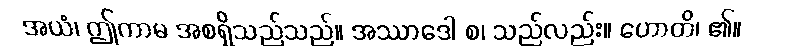
အယံ၊ ဤကာမ အစရှိသည်သည်။ အဿာဒေါ စ၊ သည်လည်း။ ဟောတိ၊ ၏။